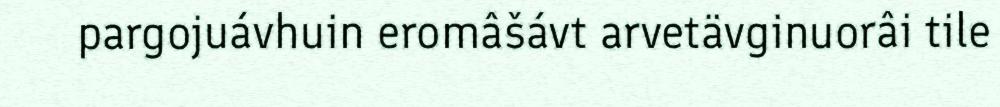
pargojuávhuin eromâšávt arvetävginuorâi tile